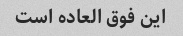
این فوق العاده است